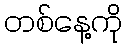
တစ်နေ့ကို